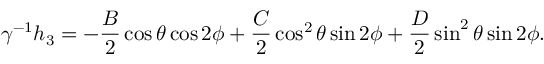
\gamma ^ { - 1 } h _ { 3 } = - \frac { B } { 2 } \cos \theta \cos 2 \phi + \frac { C } { 2 } \cos ^ { 2 } \theta \sin 2 \phi + \frac { D } { 2 } \sin ^ { 2 } \theta \sin 2 \phi .